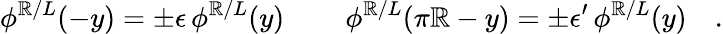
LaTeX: \phi^{\mathbb{R}/L}(-y)=\pm\epsilon\, \phi^{\mathbb{R}/L}(y)\, \qquad\phi^{\mathbb{R}/L}(\pi\mathbb{R}-y)=\pm\epsilon^{\prime}\, \phi^{\mathbb{R}/L}(y)\quad.